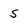
Character: S